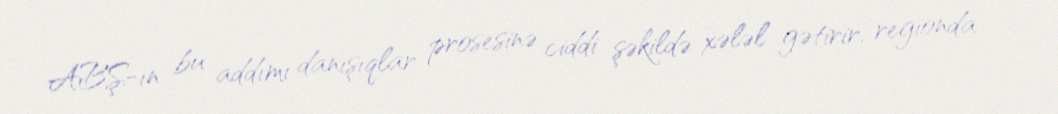
ABŞ-ın bu addımı danışıqlar prosesinə ciddi şəkildə xələl gətirir, regionda